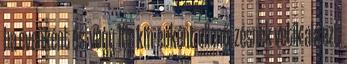
ha évenként és vagy 10e km-enként ellenőrzésnek vetik alá ezt